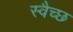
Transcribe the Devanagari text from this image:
स्वैच्छ